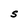
Character: S